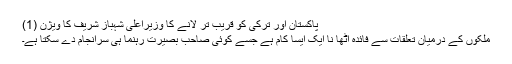
پاکستان اور ترکی کو قریب تر لانے کا وزیراعلیٰ شہباز شریف کا ویژن (1)
ملکوں کے درمیان تعلقات سے فائدہ اُٹھا نا ایک ایسا کام ہے جسے کوئی صاحب ِبصیرت رہنما ہی سرانجام دے سکتا ہے۔